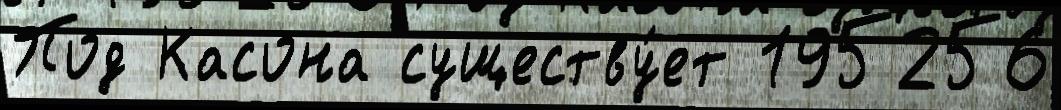
Под Касона существу́ет 195256